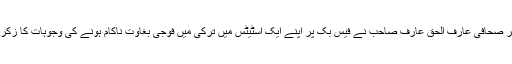
سینئر صحافی عارف الحق عارف صاحب نے فیس بک پر اپنے ایک اسٹیٹس میں ترکی میں فوجی بغاوت ناکام ہونے کی وجوہات کا زکر کیا۔